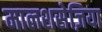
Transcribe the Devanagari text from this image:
मालशसेज़िया